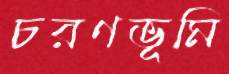
চরণভূমি